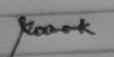
Signature authenticity: genuine